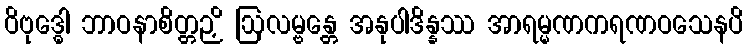
ဝိဗုဒ္ဓေါ ဘာဝနာစိတ္တဉှိ ဩလမ္ဗန္တေ အနုပါဒိန္နဿ အာရမ္မဏကရဏဝသေနပိ